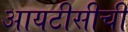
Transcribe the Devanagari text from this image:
आयटीसीची